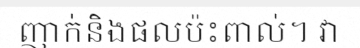
ញាក់និងផលប៉ះពាល់។ វា